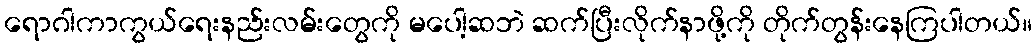
ရောဂါကာကွယ်ရေးနည်းလမ်းတွေကို မပေါ့ဆဘဲ ဆက်ပြီးလိုက်နာဖို့ကို တိုက်တွန်းနေကြပါတယ်။